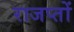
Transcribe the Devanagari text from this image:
राजप्तों